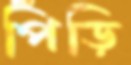
পিঁড়ি